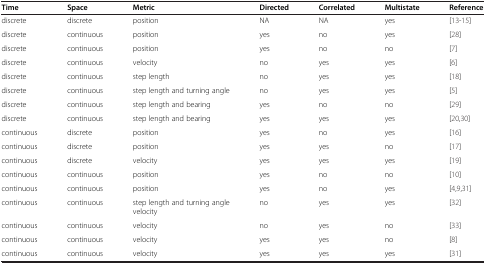
| Time | Space | Metric | Directed | Correlated | Multistate | Reference |
 | --- | --- | --- | --- | --- | --- | --- |
 | discrete | discrete | position | NA | NA | yes | [13-15] |
 | discrete | continuous | position | yes | no | yes | [28] |
 | discrete | continuous | position | yes | no | no | [7] |
 | discrete | continuous | velocity | no | yes | yes | [6] |
 | discrete | continuous | step length | no | yes | yes | [18] |
 | discrete | continuous | step length and turning angle | no | yes | yes | [5] |
 | discrete | continuous | step length and bearing | yes | no | no | [29] |
 | discrete | continuous | step length and bearing | yes | yes | yes | [20,30] |
 | continuous | discrete | position | yes | no | yes | [16] |
 | continuous | discrete | position | yes | yes | no | [17] |
 | continuous | discrete | velocity | yes | yes | yes | [19] |
 | continuous | continuous | position | yes | no | no | [10] |
 | continuous | continuous | position | yes | no | yes | [4,9,31] |
 | continuous | continuous | step length and turning angle velocity | no | yes | yes | [32] |
 | continuous | continuous | velocity | no | yes | no | [33] |
 | continuous | continuous | velocity | yes | yes | no | [8] |
 | continuous | continuous | velocity | yes | yes | yes | [31] |